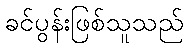
ခင်ပွန်းဖြစ်သူသည်